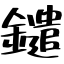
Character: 鑓